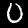
Digit: 0